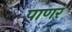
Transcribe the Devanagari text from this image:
पाणर